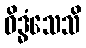
ဝိဒ္ဓံသေသိ